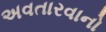
અવતારવાનો